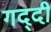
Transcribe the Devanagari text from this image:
गद्‍दी